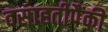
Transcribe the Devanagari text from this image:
वसाहतीपैंकी